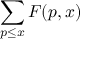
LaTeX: \sum _ { p \leq x } F ( p , x )